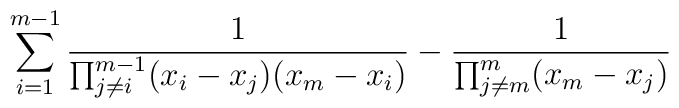
\sum_{i=1}^{m-1}\frac{1}{\prod_{j\neq i}^{m-1}(x_i-x_j)(x_m-x_i)}-   \frac{1}{\prod_{j\neq m}^{m}(x_m-x_j)}